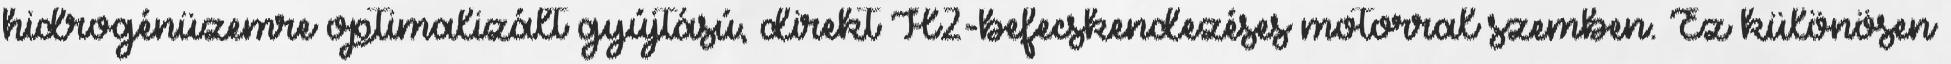
hidrogénüzemre optimalizált gyújtású, direkt H2-befecskendezéses motorral szemben. Ez különösen